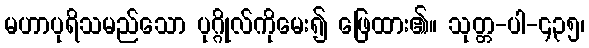
မဟာပုရိသမည်သော ပုဂ္ဂိုလ်ကိုမေး၍ ဖြေထား၏။ သုတ္တ-ပါ-၄၃၅၊